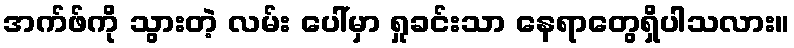
အက်ဖ်ကို သွားတဲ့ လမ်း ပေါ်မှာ ရှုခင်းသာ နေရာတွေရှိပါသလား။